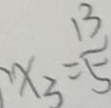
x _ { 3 } = \frac { 1 3 } { 5 }